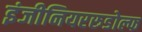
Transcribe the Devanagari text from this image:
इंजीनियररुडोल्फ